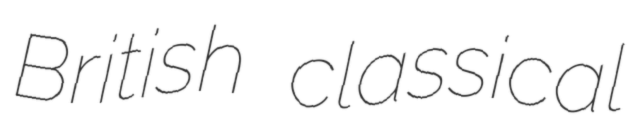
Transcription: British classical